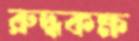
রুদ্ধকক্ষ